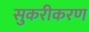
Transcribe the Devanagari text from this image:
सुकरीकरण